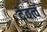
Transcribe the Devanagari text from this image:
देवत्वं